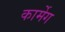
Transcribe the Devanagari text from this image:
कार्मेग